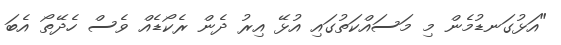
"އަޅުގަނޑުމެން މި މަސައްކަަތުގައި އުޅޭ އިރު ދެން ރެެކޯޑެއް ވެސް ހެދޭތޯ އެބަ